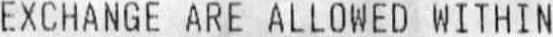
EXCHANGE ARE ALLOWED WITHIN